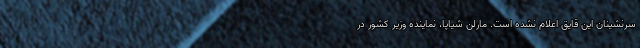
سرنشینان این قایق اعلام نشده است. مارلن شیاپا، نماینده وزیر کشور در